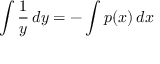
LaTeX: \int { \frac { 1 } { y } } \, d y = - \int p ( x ) \, d x